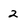
Character: 2